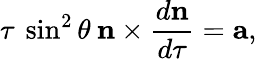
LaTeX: \tau\: \sin^{2}\theta\: {\mathbf n}\times\frac{d{\mathbf n}}{d\tau}={\mathbf a},